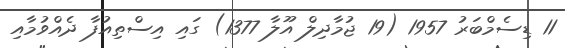
11 ޑިސެމްބަރު 1957 (19 ޖުމާދިލް އޫލާ 1377) ގައި އިސްތިއުފާ ދެއްވުމާއި